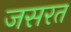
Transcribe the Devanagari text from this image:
जसरत